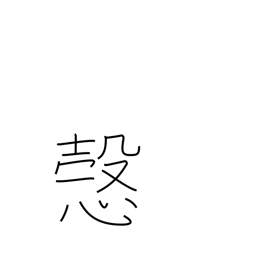
Meaning: sincerely